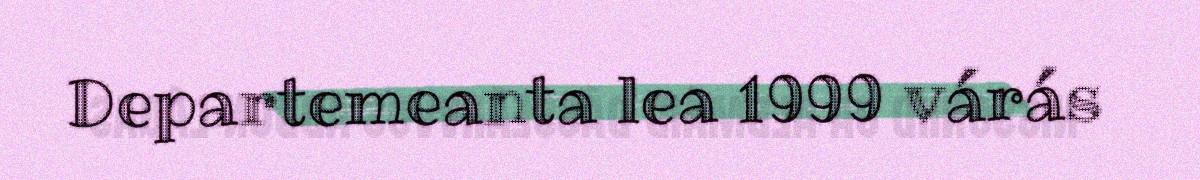
Departemeanta lea 1999 várás